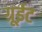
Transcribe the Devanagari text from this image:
ग्रूईट